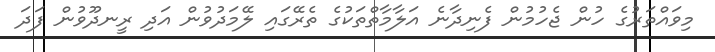
މިވައްތަރުގެ ހުން ޖެހުމުން ފެނިދާނެ އަލާމާތްތަކުގެ ތެރޭގައި ލޭމަދުވުން އަދި ރީނދޫވުން ފަދަ